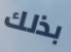
بذلك